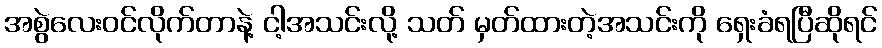
အစွဲလေးဝင်လိုက်တာနဲ့ ငါ့အသင်းလို့ သတ် မှတ်ထားတဲ့အသင်းကို ရှေးခံရပြီဆိုရင်